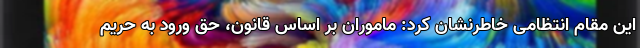
این مقام انتظامی خاطرنشان کرد: ماموران بر اساس قانون، حق ورود به حریم